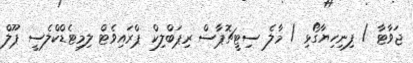
ޖަވާޓާ / ފިނިހިޔާގޯޅި / މާލެ ސިޓީޗޮޕާސް ރިޕަބްލިކް ޕްރައިވެޓް ލިމިޓެޑްކްލެސީ ޕޫލް